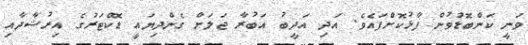
ވަނީ ކަންބޮޑުވުން ފާޅުކޮށްފައެވެ. އަދި އަދީބު އަބުރާ ޖަލަށް ގެންދިޔައީ ޑޮކްޓަރުގެ އިރުޝާދާއި